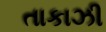
તાકાઝી